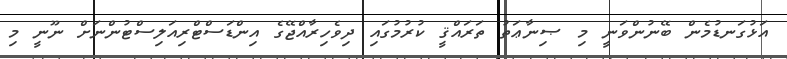
އަޅުގަނޑުމެން ބޭނުންވަނީ މި ޞިނާޢަތު ތަރައްޤީ ކުރުމުގައި ދިވެހިރާއްޖޭގެ އިންޑަސްޓްރިއަލިސްޓުންނަށް ނޫނީ މި